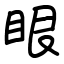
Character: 眼